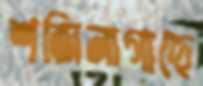
শজিনাগাছে